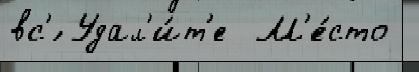
вс'́ Удал'и́т'е  М'е́сто